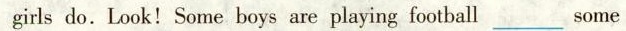
girls do. Look! Some boys are playing football \underline some